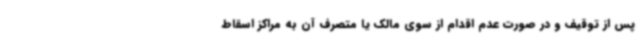
پس از توقیف و در صورت عدم اقدام از سوی مالک یا متصرف آن به مراکز اسقاط